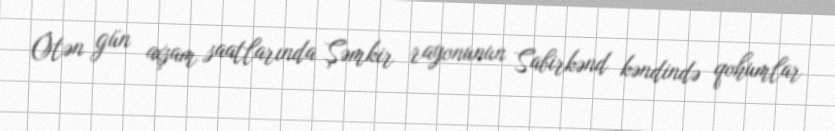
Ötən gün axşam saatlarında Şəmkir rayonunun Sabirkənd kəndində qohumlar